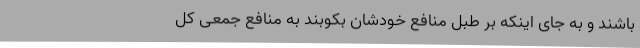
باشند و به جای اینکه بر طبل منافع خودشان بکوبند به منافع جمعی کل